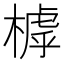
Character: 㯉